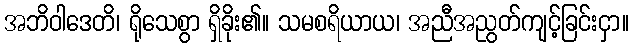
အဘိဝါဒေတိ၊ ရိုသေစွာ ရှိခိုး၏။ သမစရိယာယ၊ အညီအညွတ်ကျင့်ခြင်းငှာ။